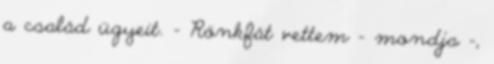
a család ügyeit. – Rönkfát vettem – mondja –,